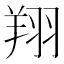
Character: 翔